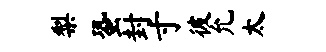
梨蛩封寸彼允太